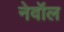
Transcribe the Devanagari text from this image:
नेवॉल